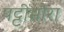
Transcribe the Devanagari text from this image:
पट्टीमौरा